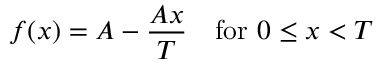
f ( x ) = A - { \frac { A x } { T } } \quad { \mathrm { f o r ~ } } 0 \leq x < T